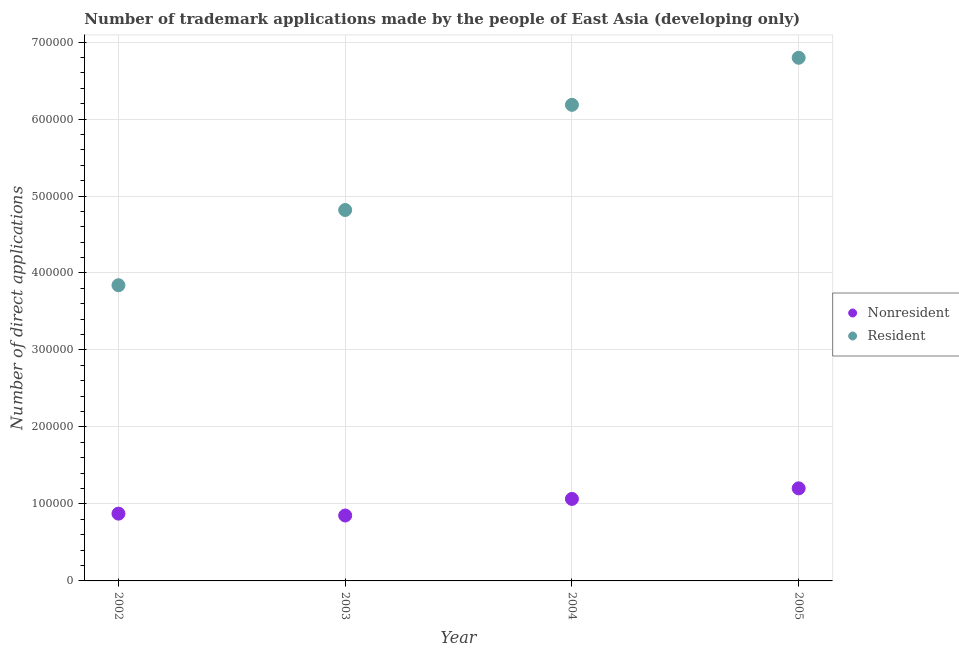
| Year | Nonresident | Resident |
 | --- | --- | --- |
 | 2002 | 8.74e+04 | 3.84e+05 |
 | 2003 | 8.5e+04 | 4.82e+05 |
 | 2004 | 1.07e+05 | 6.18e+05 |
 | 2005 | 1.2e+05 | 6.8e+05 |